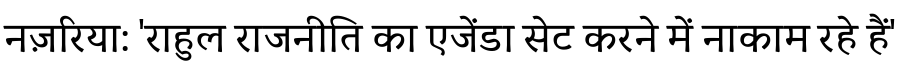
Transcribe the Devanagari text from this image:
नज़रिया: 'राहुल राजनीति का एजेंडा सेट करने में नाकाम रहे हैं'